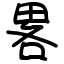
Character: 畧